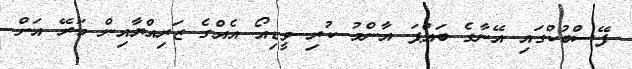
ފޭސްބުކްގައި އޭނާގެ ބައްޕަ އާންމު ކުރި ވީޑިއޯ އެއްގެ ޒަރިއްޔާއިން މަރޭ އަށް